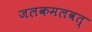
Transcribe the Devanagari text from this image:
जलकमलवत्